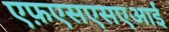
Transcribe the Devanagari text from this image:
एफ़एसएसएआई